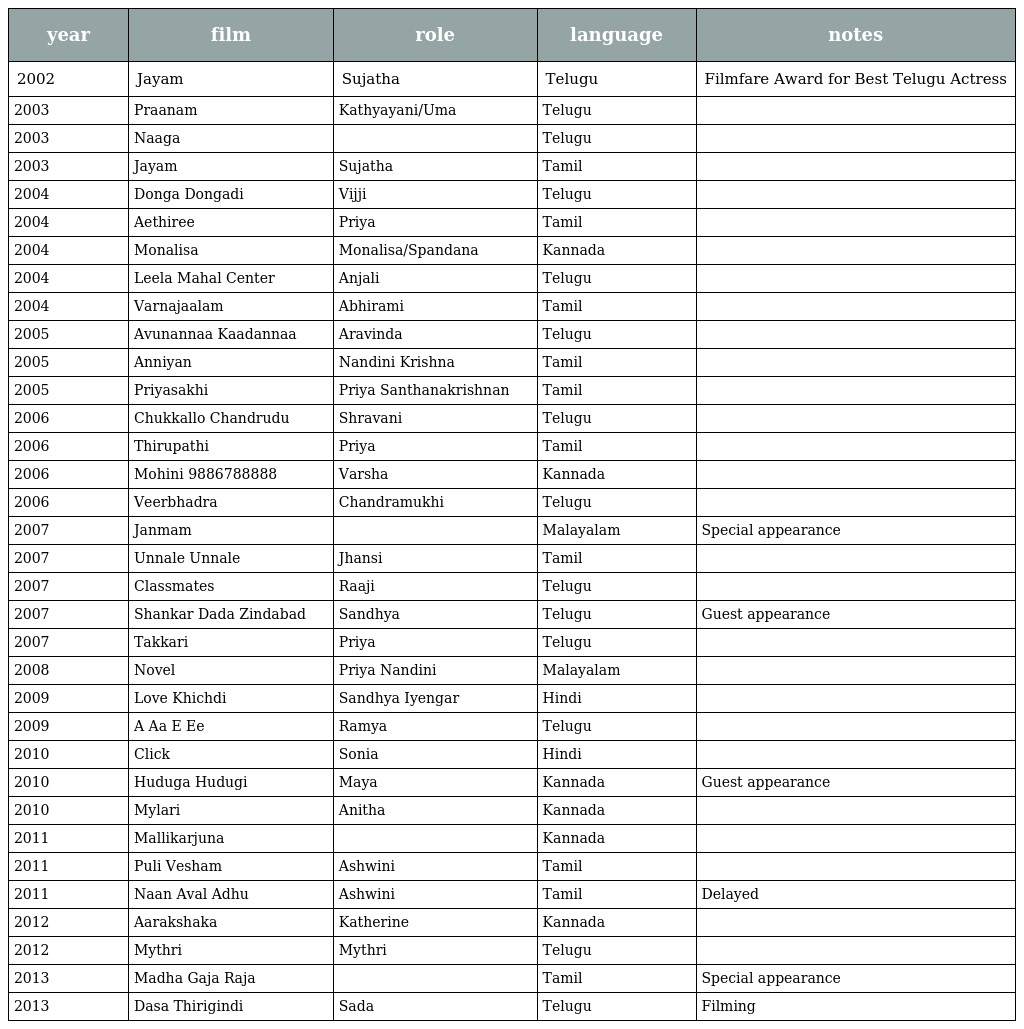
| year | film | role | language | notes |
 | --- | --- | --- | --- | --- |
 | 2002 | Jayam | Sujatha | Telugu | Filmfare Award for Best Telugu Actress |
 | 2003 | Praanam | Kathyayani/Uma | Telugu |  |
 | 2003 | Naaga |  | Telugu |  |
 | 2003 | Jayam | Sujatha | Tamil |  |
 | 2004 | Donga Dongadi | Vijji | Telugu |  |
 | 2004 | Aethiree | Priya | Tamil |  |
 | 2004 | Monalisa | Monalisa/Spandana | Kannada |  |
 | 2004 | Leela Mahal Center | Anjali | Telugu |  |
 | 2004 | Varnajaalam | Abhirami | Tamil |  |
 | 2005 | Avunannaa Kaadannaa | Aravinda | Telugu |  |
 | 2005 | Anniyan | Nandini Krishna | Tamil |  |
 | 2005 | Priyasakhi | Priya Santhanakrishnan | Tamil |  |
 | 2006 | Chukkallo Chandrudu | Shravani | Telugu |  |
 | 2006 | Thirupathi | Priya | Tamil |  |
 | 2006 | Mohini 9886788888 | Varsha | Kannada |  |
 | 2006 | Veerbhadra | Chandramukhi | Telugu |  |
 | 2007 | Janmam |  | Malayalam | Special appearance |
 | 2007 | Unnale Unnale | Jhansi | Tamil |  |
 | 2007 | Classmates | Raaji | Telugu |  |
 | 2007 | Shankar Dada Zindabad | Sandhya | Telugu | Guest appearance |
 | 2007 | Takkari | Priya | Telugu |  |
 | 2008 | Novel | Priya Nandini | Malayalam |  |
 | 2009 | Love Khichdi | Sandhya Iyengar | Hindi |  |
 | 2009 | A Aa E Ee | Ramya | Telugu |  |
 | 2010 | Click | Sonia | Hindi |  |
 | 2010 | Huduga Hudugi | Maya | Kannada | Guest appearance |
 | 2010 | Mylari | Anitha | Kannada |  |
 | 2011 | Mallikarjuna |  | Kannada |  |
 | 2011 | Puli Vesham | Ashwini | Tamil |  |
 | 2011 | Naan Aval Adhu | Ashwini | Tamil | Delayed |
 | 2012 | Aarakshaka | Katherine | Kannada |  |
 | 2012 | Mythri | Mythri | Telugu |  |
 | 2013 | Madha Gaja Raja |  | Tamil | Special appearance |
 | 2013 | Dasa Thirigindi | Sada | Telugu | Filming |